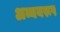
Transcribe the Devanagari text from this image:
अव्ययरूप